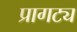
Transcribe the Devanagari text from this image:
प्रागट्य